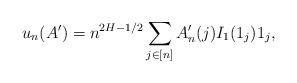
LaTeX: \begin{align*} u_n(A')= n^{2H-1/2} \sum_{j\in[n]} A'_n(j) I_1(1_j) 1_j,\end{align*}